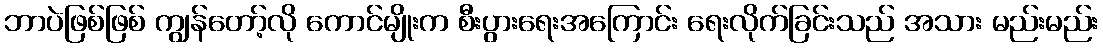
ဘာပဲဖြစ်ဖြစ် ကျွန်တော့်လို ကောင်မျိုးက စီးပွားရေးအကြောင်း ရေးလိုက်ခြင်းသည် အသား မည်းမည်း